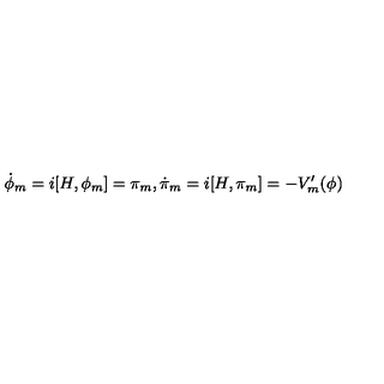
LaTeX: \dot { \phi } _ { m } = i [ H , \phi _ { m } ] = \pi _ { m } , \dot { \pi } _ { m } = i [ H , \pi _ { m } ] = - V _ { m } ^ { \prime } ( \phi )